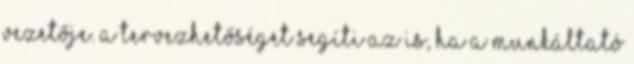
vezetője. A tervezhetőséget segíti az is, ha a munkáltató